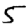
Digit: 5